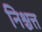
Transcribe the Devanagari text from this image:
निश्चत्त